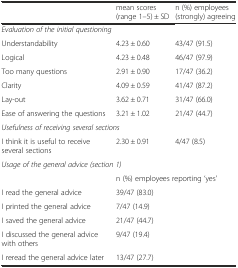
<table><thead><tr><td></td><td><b>mean scores (range 1–5) ± SD</b></td><td><b>n (%) employees (strongly) agreeing</b></td></tr></thead><tbody><tr><td colspan="3"><i>Evaluation of the initial questioning</i></td></tr><tr><td>Understandability</td><td>4.23 ± 0.60</td><td>43/47 (91.5)</td></tr><tr><td>Logical</td><td>4.23 ± 0.48</td><td>46/47 (97.9)</td></tr><tr><td>Too many questions</td><td>2.91 ± 0.90</td><td>17/47 (36.2)</td></tr><tr><td>Clarity</td><td>4.09 ± 0.59</td><td>41/47 (87.2)</td></tr><tr><td>Lay-out</td><td>3.62 ± 0.71</td><td>31/47 (66.0)</td></tr><tr><td>Ease of answering the questions</td><td>3.21 ± 1.02</td><td>21/47 (44.7)</td></tr><tr><td colspan="3"><i>Usefulness of receiving several sections</i></td></tr><tr><td>I think it is useful to receive several sections</td><td>2.30 ± 0.91</td><td>4/47 (8.5)</td></tr><tr><td colspan="3"><i>Usage of the general advice (section 1)</i></td></tr><tr><td></td><td colspan="2">n (%) employees reporting ‘yes’</td></tr><tr><td>I read the general advice</td><td colspan="2">39/47 (83.0)</td></tr><tr><td>I printed the general advice</td><td colspan="2">7/47 (14.9)</td></tr><tr><td>I saved the general advice</td><td colspan="2">21/47 (44.7)</td></tr><tr><td>I discussed the general advice with others</td><td colspan="2">9/47 (19.4)</td></tr><tr><td>I reread the general advice later</td><td colspan="2">13/47 (27.7)</td></tr></tbody></table>